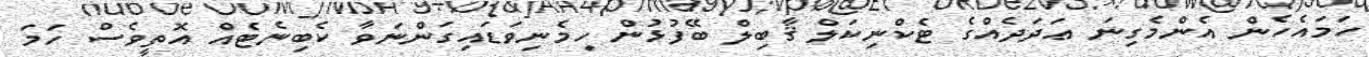
ހަމައެހެން އެންމެގިނަ ޢަދަދެއްގެ ޓެކްނިކަލް ޤާބިލް ބޭފުޅުން ހިމެނިވަޑައިގަންނަވާ ކެބިނެޓެއް އޮތީވެސް ހަމަ